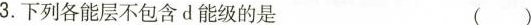
3.下列各能层不包含d能级的是 ( )